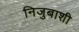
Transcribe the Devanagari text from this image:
निजुबाशी